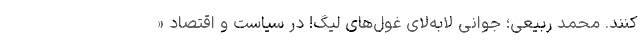
کنند. محمد ربیعی؛ جوانی لابه‌لای غول‌های لیگ! در سیاست و اقتصاد «